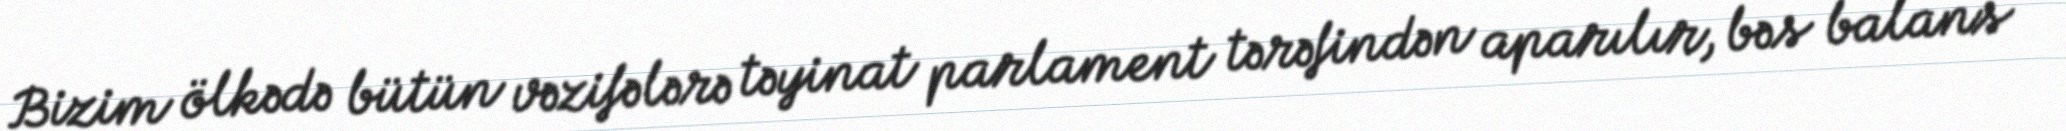
Bizim ölkədə bütün vəzifələrə təyinat parlament tərəfindən aparılır, bəs balans